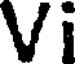
Vi